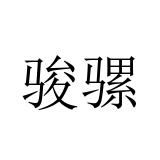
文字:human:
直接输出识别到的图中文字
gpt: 骏骡